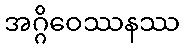
အဂ္ဂိဝေဿနဿ